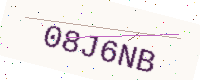
Text: 08J6NB